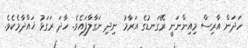
ހަދަން އާރިސް މިއިންނަނީ ރޭގަނޑުގެ އަރާމު ނިދި ނަގާލާފައެވެ. ހާދަ ރަގަޅު ޚައްދާމެކެވެ.